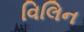
વિલિન